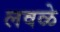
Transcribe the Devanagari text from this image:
लवळे